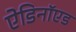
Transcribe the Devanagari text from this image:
ऐडिनॉएड